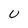
Character: U